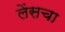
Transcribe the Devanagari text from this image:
लेंसचा